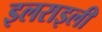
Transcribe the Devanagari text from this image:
इलराइली